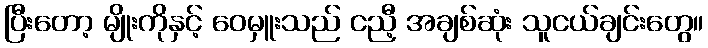
ပြီးတော့ မျိုးကိုနှင့် ဝေမှူးသည် ငညီ့ အချစ်ဆုံး သူငယ်ချင်းတွေ။